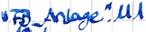
Text: "FB_Anlage".M1